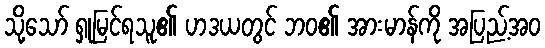
သို့သော် ရှုမြင်ရသူ၏ ဟဒယတွင် ဘဝ၏ အားမာန်ကို အပြည့်အဝ